Scottish Leaving Certificate Examination, 1959
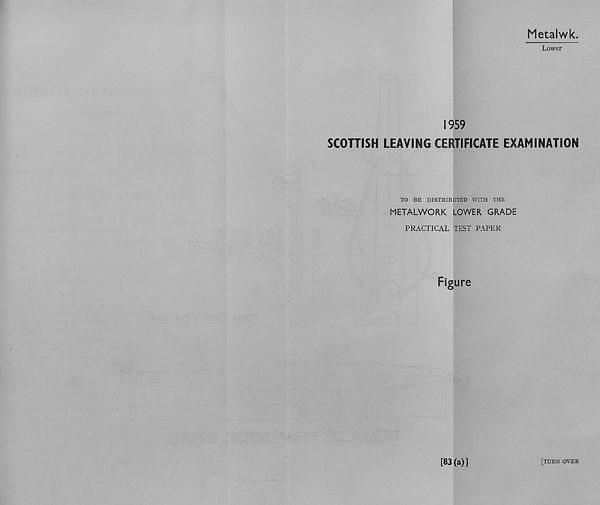
Metalwk
Lower
1959
SCOTTISH LEAVING CERTIFICATE EXAMINATION
TO BE DISTRIBUTED WITH THE
METALWORK LOWER GRADE
PRACTICAL TEST PAPER
Figure
[83(a)]
[turn over